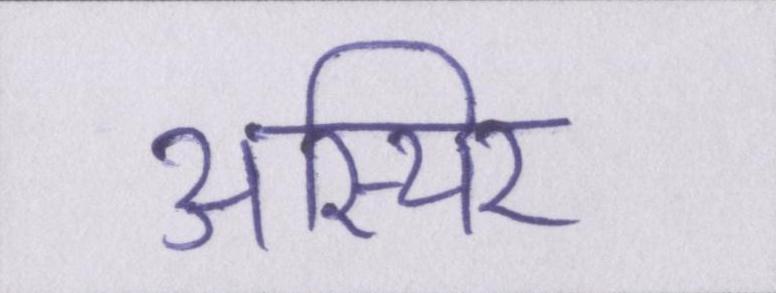
अस्थिर